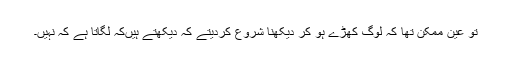
تو عین ممکن تھا کہ لوگ کھڑے ہو کر دیکھنا شروع کردیتے کہ دیکھتے ہیں‌کہ لگاتا ہے کہ نہیں۔